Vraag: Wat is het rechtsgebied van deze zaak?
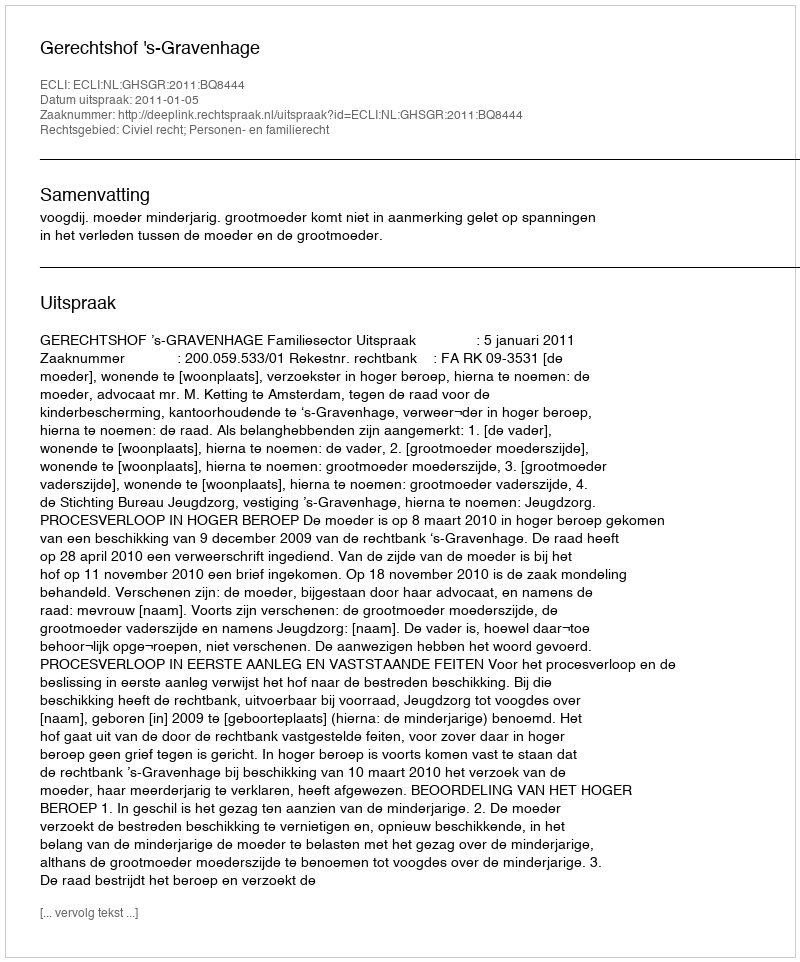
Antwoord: Civiel recht; Personen- en familierecht